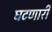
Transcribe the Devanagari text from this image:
घटणारी